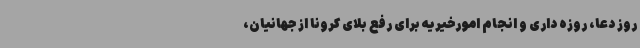
روز دعا، روزه داری و انجام امورخیریه برای رفع بلای کرونا از جهانیان،